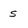
Character: s